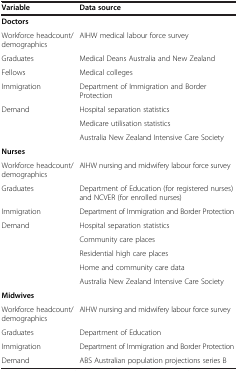
| Variable | Data source |
 | --- | --- |
 | <COLSPAN=2> Doctors |
 | Workforce headcount/demographics | AIHW medical labour force survey |
 | Graduates | Medical Deans Australia and New Zealand |
 | Fellows | Medical colleges |
 | Immigration | Department of Immigration and Border Protection |
 | <ROWSPAN=3> Demand | Hospital separation statistics |
 | Medicare utilisation statistics |
 | Australia New Zealand Intensive Care Society |
 | <COLSPAN=2> Nurses |
 | Workforce headcount/demographics | AIHW nursing and midwifery labour force survey |
 | Graduates | Department of Education (for registered nurses) and NCVER (for enrolled nurses) |
 | Immigration | Department of Immigration and Border Protection |
 | <ROWSPAN=5> Demand | Hospital separation statistics |
 | Community care places |
 | Residential high care places |
 | Home and community care data |
 | Australia New Zealand Intensive Care Society |
 | <COLSPAN=2> Midwives |
 | Workforce headcount/demographics | AIHW nursing and midwifery labour force survey |
 | Graduates | Department of Education |
 | Immigration | Department of Immigration and Border Protection |
 | Demand | ABS Australian population projections series B |